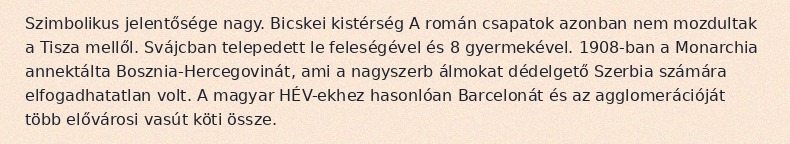
Szimbolikus jelentősége nagy. Bicskei kistérség A román csapatok azonban nem mozdultak a Tisza mellől. Svájcban telepedett le feleségével és 8 gyermekével. 1908-ban a Monarchia annektálta Bosznia-Hercegovinát, ami a nagyszerb álmokat dédelgető Szerbia számára elfogadhatatlan volt. A magyar HÉV-ekhez hasonlóan Barcelonát és az agglomerációját több elővárosi vasút köti össze.